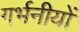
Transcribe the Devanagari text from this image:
गर्भनीयों